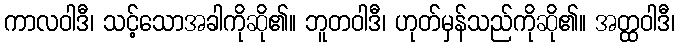
ကာလဝါဒီ၊ သင့်သောအခါကိုဆို၏။ ဘူတဝါဒီ၊ ဟုတ်မှန်သည်ကိုဆို၏။ အတ္ထဝါဒီ၊